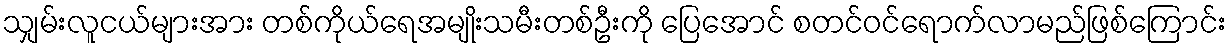
သျှမ်းလူငယ်များအား တစ်ကိုယ်ရေအမျိုးသမီးတစ်ဦးကို ပြေအောင် စတင်ဝင်ရောက်လာမည်ဖြစ်ကြောင်း